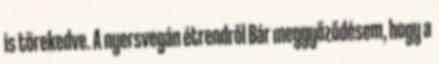
is törekedve. A nyersvegán étrendről Bár meggyőződésem, hogy a